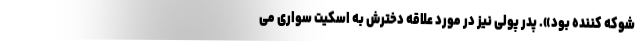
شوکه کننده بود». پدر پولی نیز در مورد علاقه دخترش به اسکیت سواری می